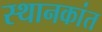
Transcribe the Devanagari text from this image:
स्थानकांत